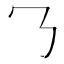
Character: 𬼁